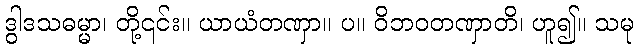
ဒွါဒသဓမ္မာ၊ တို့၎င်း။ ယာယံတဏှာ။ ပ။ ဝိဘဝတဏှာတိ၊ ဟူ၍။ သမု